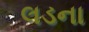
લડના